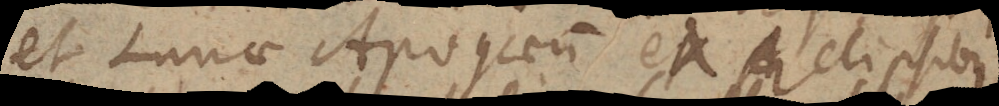
et Lunae Apogaeum ex Eclipsibus